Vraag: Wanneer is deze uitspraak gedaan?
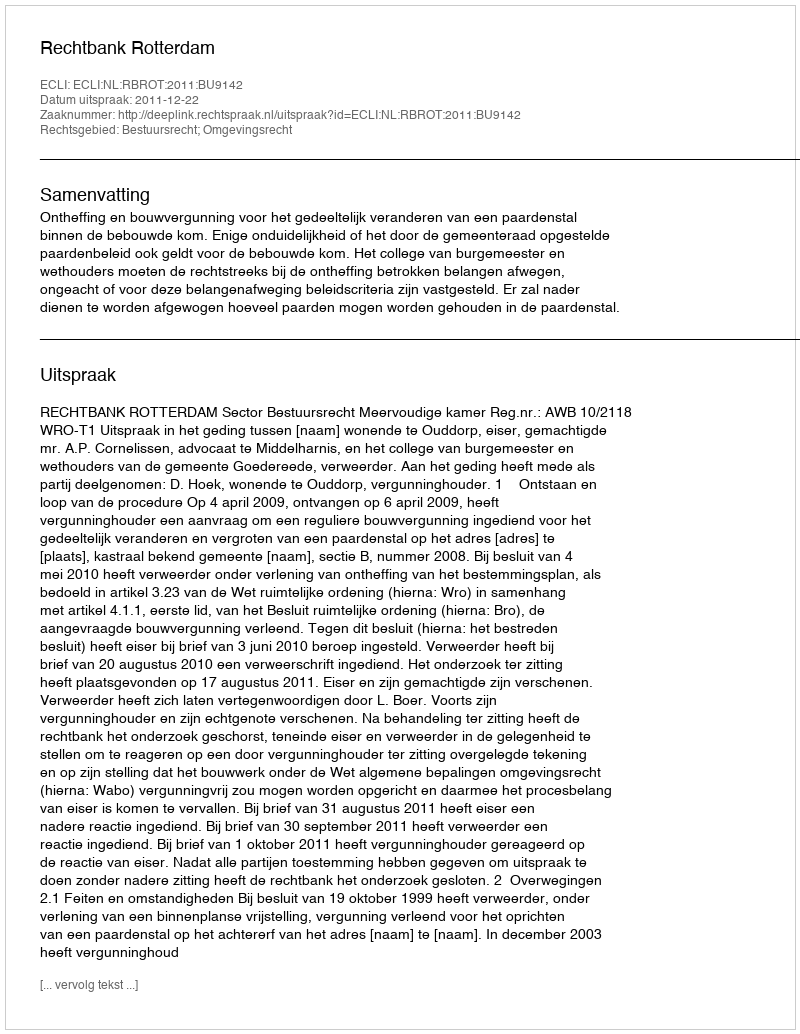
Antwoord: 2011-12-22